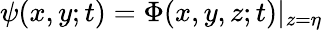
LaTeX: \psi(x,y;t)=\Phi(x,y,z;t)|_{z=\eta}